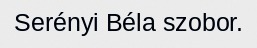
Serényi Béla szobor.